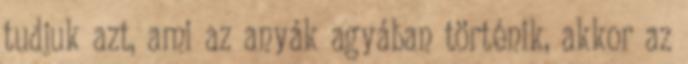
tudjuk azt, ami az anyák agyában történik, akkor az